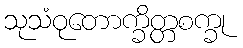
သုသံဝုတောက္ခိတ္တစက္ခု